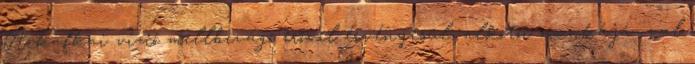
A kafkai vízió mellbevágó erővel érvényesül, alkotói munkájá- val